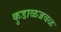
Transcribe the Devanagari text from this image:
कुडाळजवळ